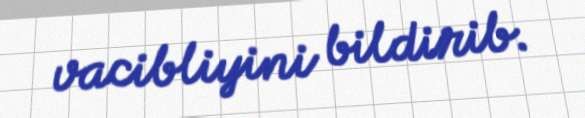
vacibliyini bildirib.